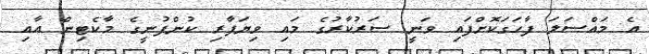
އެ މައްސަލަ ފާހަގަކޮށްފައި ވަނީ ސަރުކާރުގެ މައި ވިޔަފާރި ކުންފުނީގެ މާކެޓިން އާއި